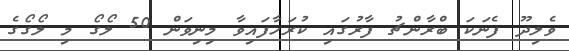
ވެލިދޫ ފެނަކަ ބްރާންޗު ފާރުގައި ކުރަހާފައިވާ މިނިވަން 50 ލޯގޯ މި ލޯގޯގެ